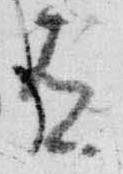
有